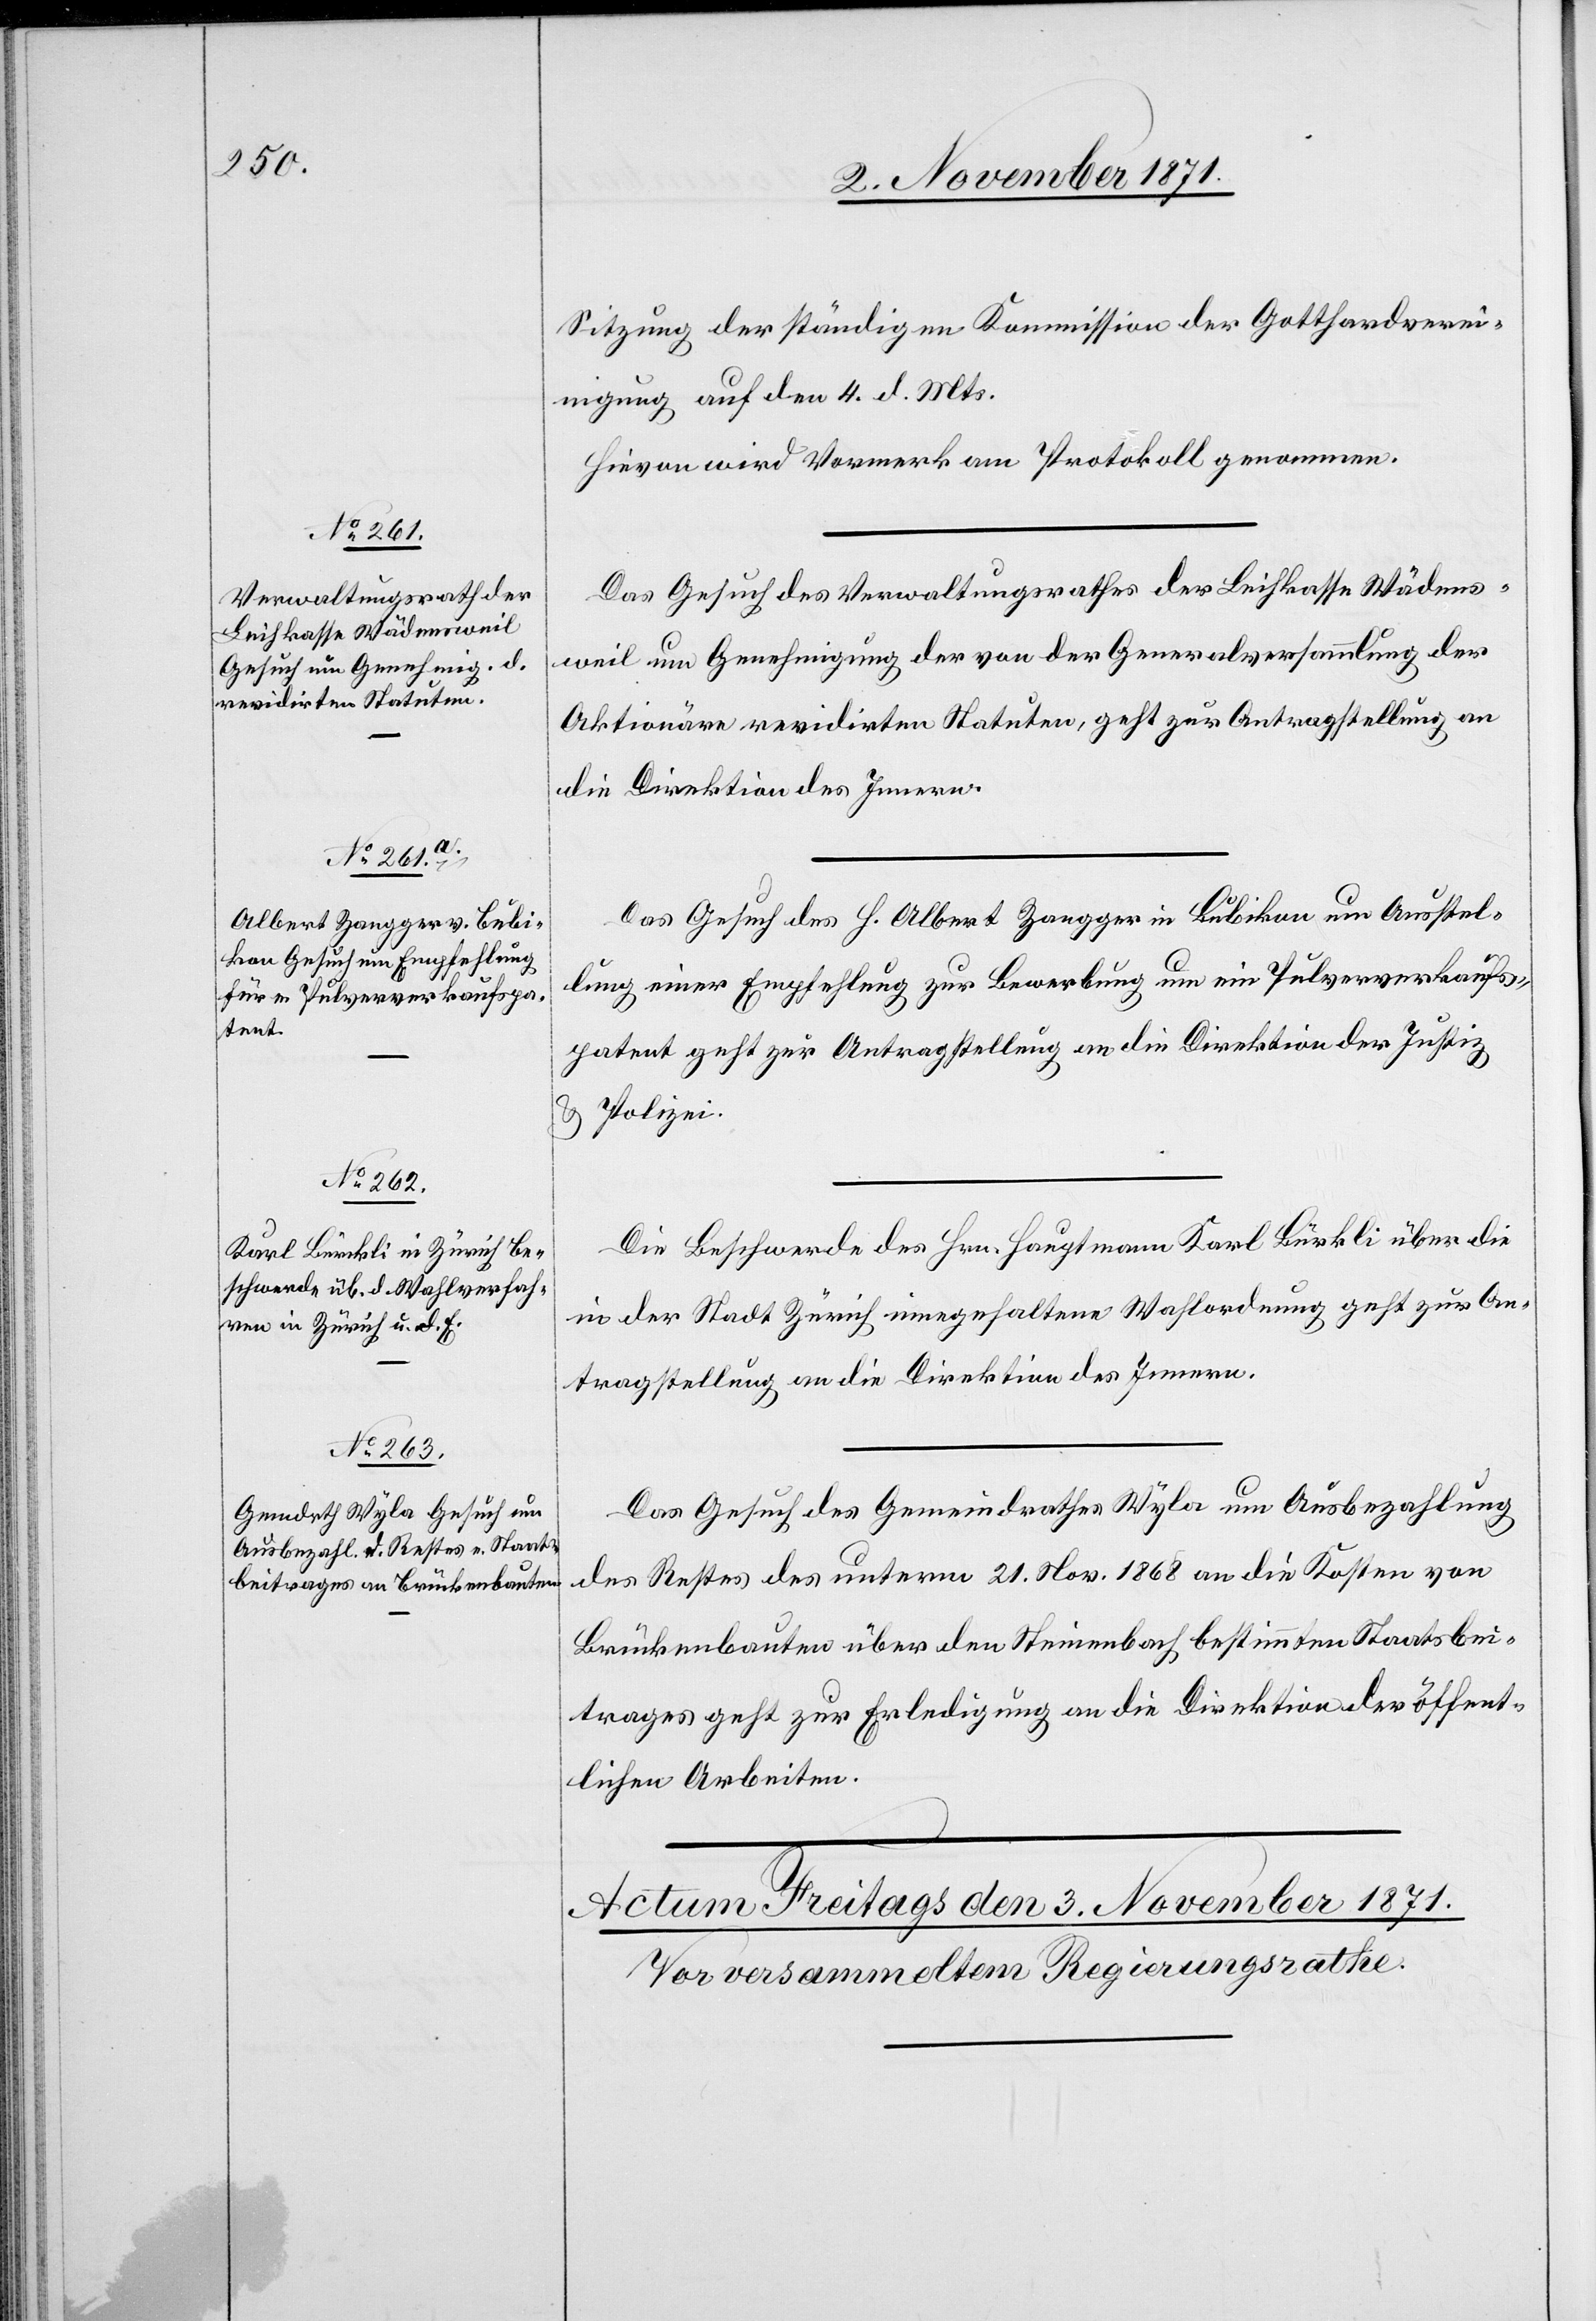
2. November 1871.]
Sitzung der ständigen Kommission der Gotthardverei¬
nigung auf den 4. d. Mts.
Hievon wird Vormerk am Protokoll genommen.
Das Gesuch des Verwaltungsrathes der Leihkasse Wädens¬
weil um Genehmigung der von der Generalversammlung der
Aktionäre revidirten Statuten, geht zur Antragstellung an
die Direktion des Innern.
Das Gesuch des H. Albert Zangger in Bubikon um Ausstel¬
lung einer Empfehlung zur Bewerbung um ein Pulververkaufs¬
patent geht zur Antragstellung an die Direktion der Justiz
& Polizei.
Die Beschwerde des Hrn. Hauptmann Karl Bürkli über die
in der Stadt Zürich eingehaltene Wahlordnung geht zur An¬
tragstellung an die Direktion des Innern.
Das Gesuch des Gemeindrathes Wyla um Ausbezahlung
des Restes des unterm 21. Nov. 1868 an die Kosten von
Brückenbauten über den Steinenbach bestimmten Staatsbei¬
trages geht zur Erledigung an die Direktion der öffent¬
lichen Arbeiten.